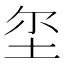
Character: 𱖚